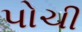
પોચી